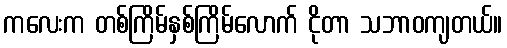
ကလေးက တစ်ကြိမ်နှစ်ကြိမ်လောက် ငိုတာ သဘာဝကျတယ်။